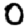
Digit: 0